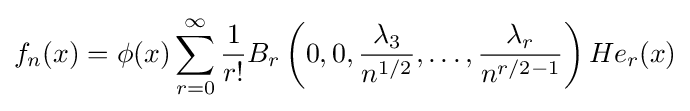
f_{n}(x)=\phi (x)\sum _{r=0}^{\infty }{\frac {1}{r!}}B_{r}\left(0,0,{\frac {\lambda _{3}}{n^{1/2}}},\ldots ,{\frac {\lambda _{r}}{n^{r/2-1}}}\right)He_{r}(x)